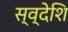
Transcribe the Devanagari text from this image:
स्व्देशि